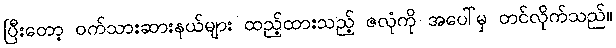
ပြီးတော့ ဝက်သားဆားနယ်များ ထည့်ထားသည့် ဇလုံကို အပေါ်မှ တင်လိုက်သည်။